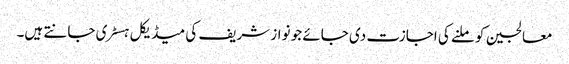
معالجین کو ملنے کی اجازت دی جائے جو نواز شریف کی میڈیکل ہسٹری جانتے ہیں۔